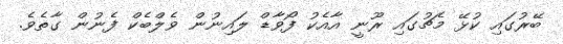
ބޭރުގައި ކުޅޭ މެޗުގައި ރޫނީ އާއެކު ފޯވާޑް ލައިނުން ވެލްބެކް ފެނުން ގާތެވެ.